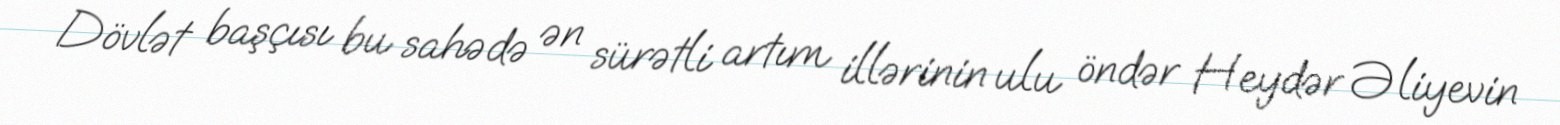
Dövlət başçısı bu sahədə ən sürətli artım illərinin ulu öndər Heydər Əliyevin